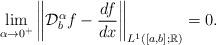
LaTeX: \begin{align*}\lim_{\alpha\to 0^+}\left\|\mathcal{D}_b^\alpha f -\frac{df}{dx}\right\|_{L^1([a,b];\mathbb{R})}=0.\end{align*}